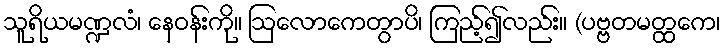
သူရိယမဏ္ဍလံ၊ နေဝန်းကို။ ဩလောကေတွာပိ၊ ကြည့်၍လည်း။ (ပဗ္ဗတမတ္ထကေ၊